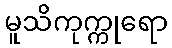
မူသိကုက္ကုရော